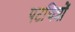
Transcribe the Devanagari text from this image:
पटचित्रों